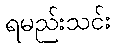
ရမည်းသင်း